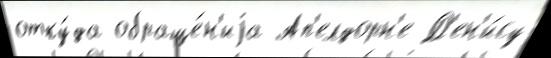
отку́да обраще́н'иjа Ап'елдорн'е Д'ен'и́су